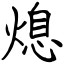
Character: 熄